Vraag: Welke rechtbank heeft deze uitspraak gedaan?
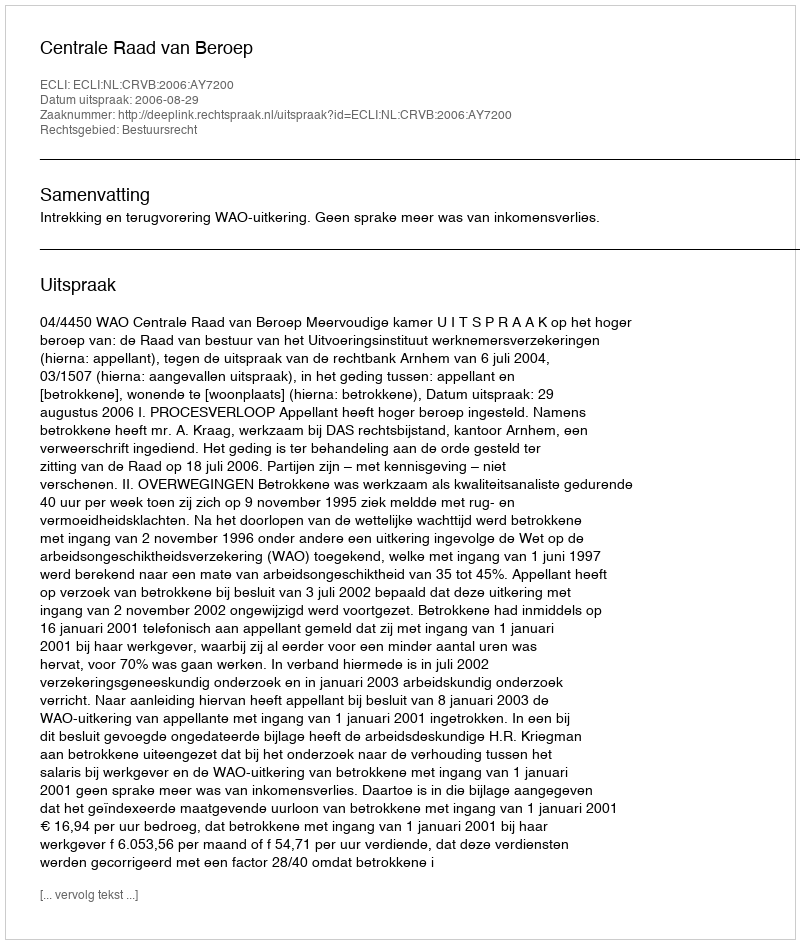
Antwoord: Centrale Raad van Beroep